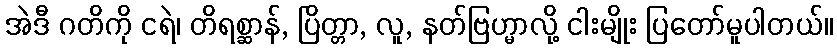
အဲဒီ ဂတိကို ငရဲ၊ တိရစ္ဆာန်, ပြိတ္တာ, လူ, နတ်ဗြဟ္မာလို့ ငါးမျိုး ပြတော်မူပါတယ်။